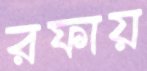
রফায়